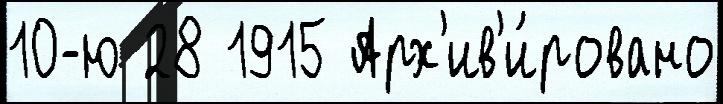
10-ю 28 1915 Арх'ив'и́ровано